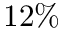
1 2 \%